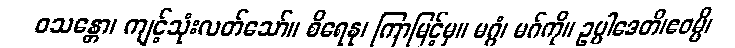
ဝသန္တော၊ ကျင့်သုံးလတ်သော်။ စိရေနု၊ ကြာမြင့်မှ။ မဂ္ဂံ၊ မဂ်ကို။ ဥပ္ပါဒေတိ၊ဧဝမ္ပိ၊